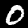
Label: 0